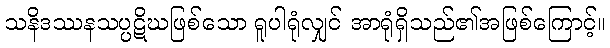
သနိဒဿနသပ္ပဋိဃဖြစ်သော ရူပါရုံလျှင် အာရုံရှိသည်၏အဖြစ်ကြောင့်။